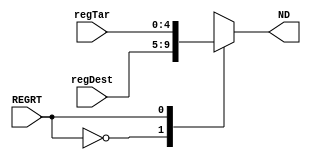
module Mux1(regTar, regDest, REGRT, ND);
	// ND <==> WriteRegister;
	// regTar		=> [20...16]
	// regDest	=> [15...11]
	input [20:16] regTar;		// rt -> register target
	input [15:11] regDest;	// rd -> register destination
	input REGRT;						// REGRT = 0 (write to rd) for R-type instructions
													// REGRT = 1 (write to rt) for I-type instructions

	output reg [4:0] ND;

	always @(REGRT, regTar, regDest) begin
		case(REGRT) 
			0 : ND <= regDest;
			1 : ND <= regTar;
		endcase
	end
endmodule